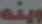
وينه